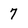
Character: 7